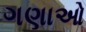
ગણાઓ